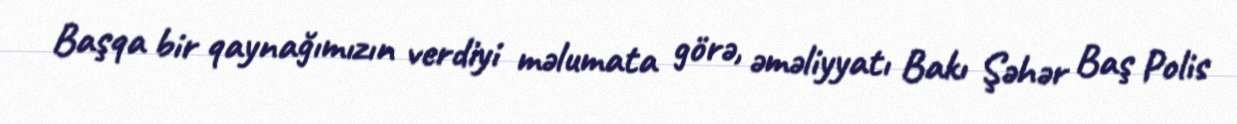
Başqa bir qaynağımızın verdiyi məlumata görə, əməliyyatı Bakı Şəhər Baş Polis